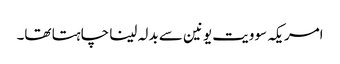
امریکہ سوویت یونین سے بدلہ لینا چاہتا تھا۔